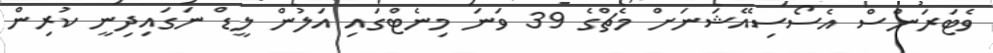
ވެޓަރަންސް އެސޯސިއޭޝަނަށް މެޗްގެ 39 ވަނަ މިނެޓްގައި އަލުން ލީޑް ނަގައިދިނީ ކުރިން